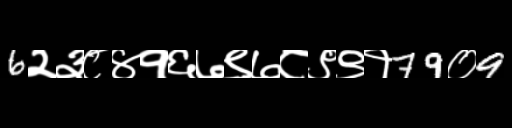
Text: 6२३८४१६७९७८९९१79०9